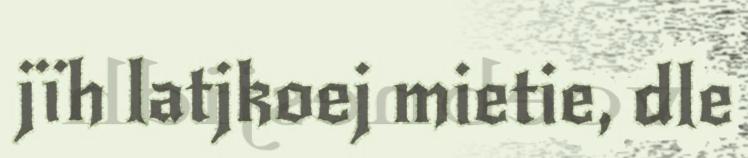
jïh latjkoej mietie, dle